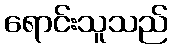
ရောင်းသူသည်